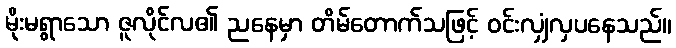
မိုးမရွာသော ဇူလိုင်လ၏ ညနေမှာ တိမ်တောက်သဖြင့် ဝင်းလျှံလှပနေသည်။